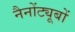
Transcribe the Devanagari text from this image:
नैनोंट्यूबों